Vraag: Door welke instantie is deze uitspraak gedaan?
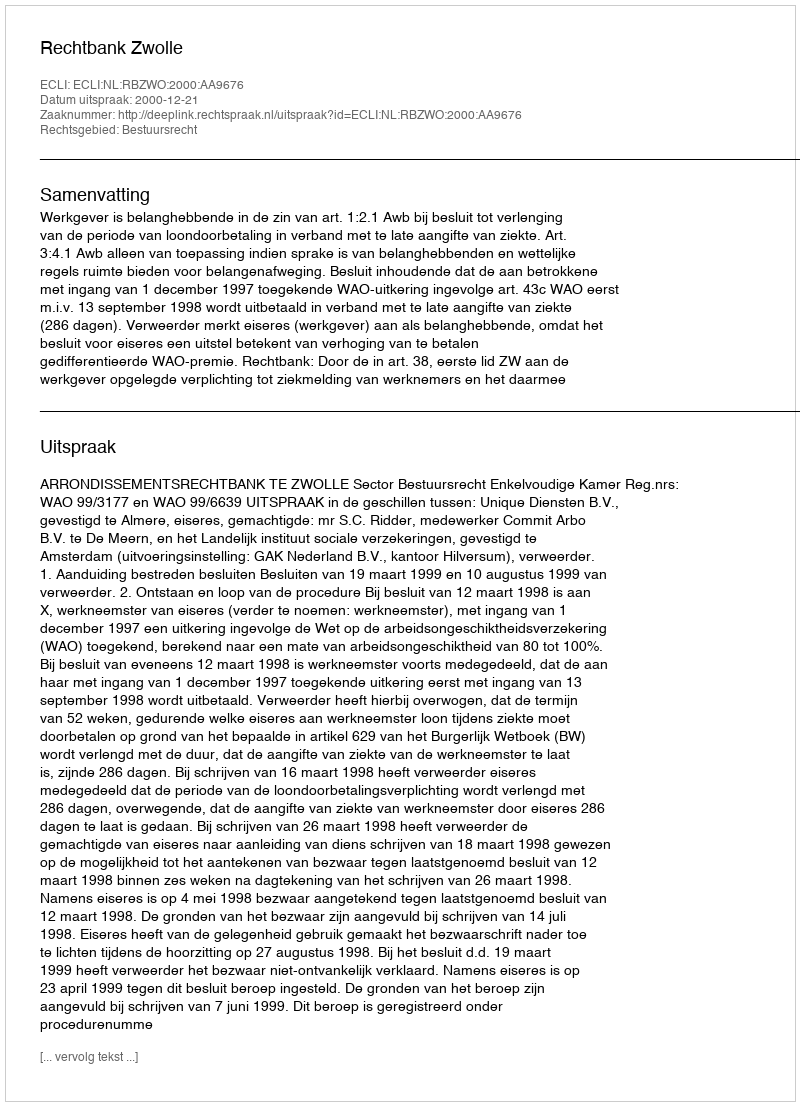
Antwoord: Rechtbank Zwolle